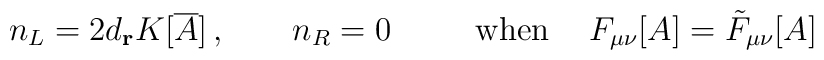
n_{L} = 2 d_{{\bf r}} K[{\overline A}] \, , \qquad n_{R}=0 \, 	\hspace{1cm} {\rm when} \hspace{0.5cm} F_{\mu\nu}[A]=	\tilde{F}_{\mu\nu}[A]